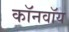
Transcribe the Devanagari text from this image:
कॉनवॉय